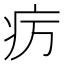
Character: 疠